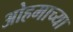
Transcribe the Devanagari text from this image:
ओहमाच्या